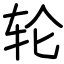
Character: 轮